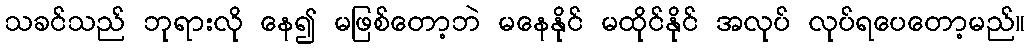
သခင်သည် ဘုရားလို နေ၍ မဖြစ်တော့ဘဲ မနေနိုင် မထိုင်နိုင် အလုပ် လုပ်ရပေတော့မည်။